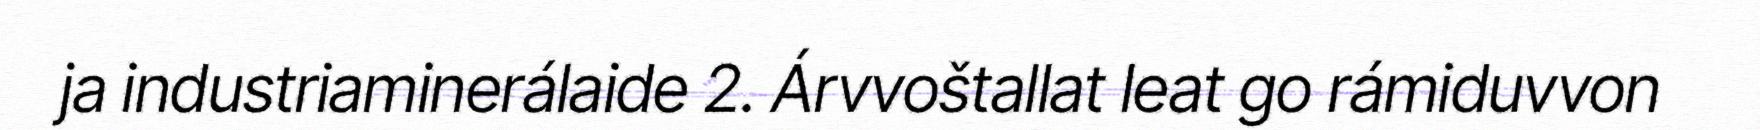
ja industriaminerálaide 2. Árvvoštallat leat go rámiduvvon